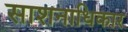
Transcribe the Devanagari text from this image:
साशनाधिकार